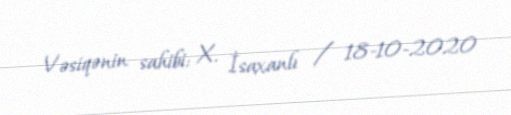
Vəsiqənin sahibi: X. İsaxanlı / 18-10-2020